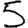
Digit: 5